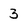
Character: 3